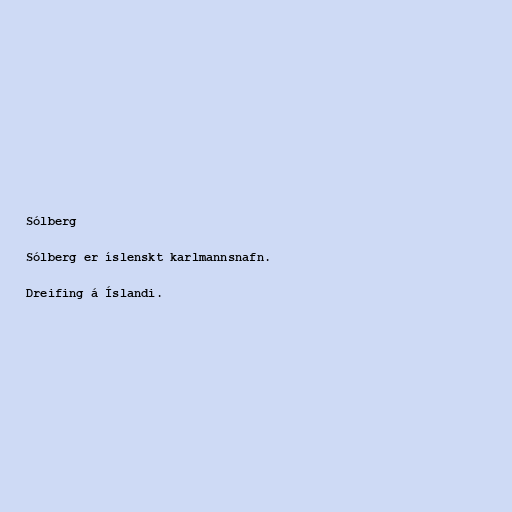
Sólberg

Sólberg er íslenskt karlmannsnafn.

Dreifing á Íslandi.